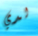
لدي